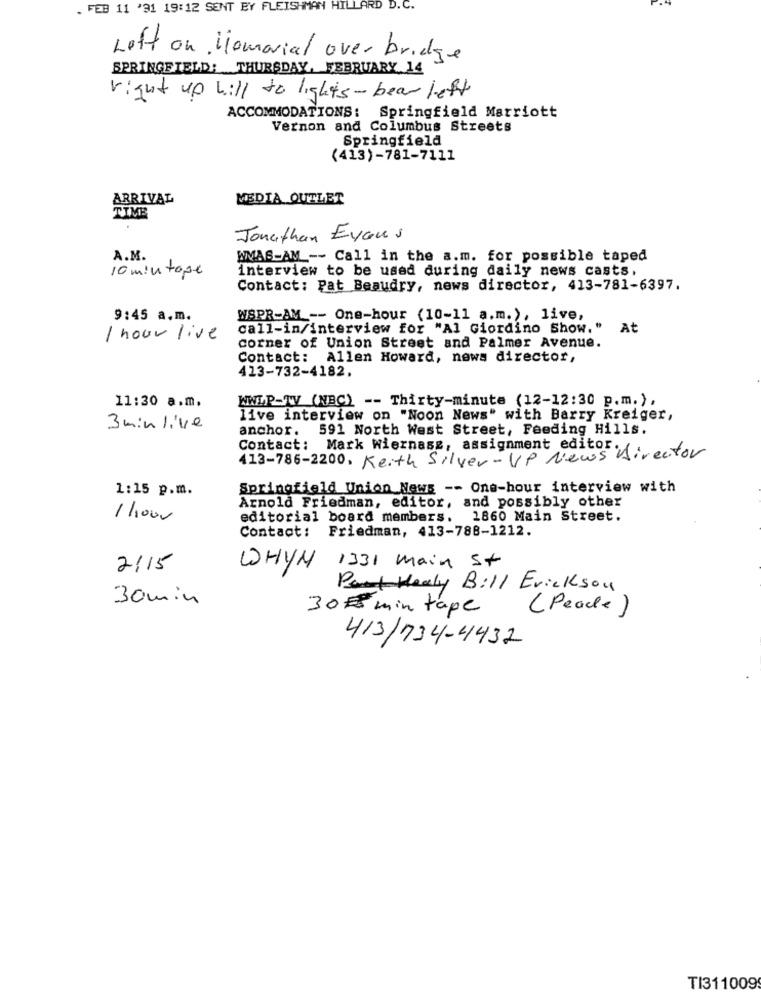
. FEB 11 '91 19:12 SENT BY FLEISHMAN HILLARD D. C.
Left on . Homorial over bridge
SPRINGFIELD: THURSDAY, FEBRUARY 14
right up will to lights - bear left
ACCOMMODATIONS: Springfield Marriott
Vernon and Columbus Streets
Springfield
(413)-781-7111
ARRIVAL
MEDIA OUTLET
TIME
Jonathan Eyaus
A.M.
WMAS-AM -- Call in the a.m. for possible taped
10 min tope
interview to be used during daily news casts.
Contact: Pat Beaudry, news director, 413-781-6397.
9:45 a.m.
WSPR-AM -- One-hour (10-11 a.m.), live,
call-in/interview for "Al Giordino Show." At
1 hour live
corner of Union Street and Palmer Avenue.
Contact: Allen Howard, news director,
413-732-4182.
WWE.P-TV (NBC) -- Thirty-minute (12-12:30 p.m.),
11:30 a.m.
live interview on "Noon News" with Barry Kreiger,
3 min live
anchor. 591 North West Street, Feeding Hills.
Contact: Mark Wiernass, assignment editor ..
413-786-2200. Keith Silver-UP News Director
1:15 p.m.
Springfield Union News -- One-hour interview with
Arnold Friedman, editor, and possibly other
11.000
editorial board members. 1860 Main Street.
Contact: Friedman, 413-788-1212.
2115
WHYN 1331 Main St
Pant Healy Bill Erickson
30min
30# min tape
(Peace)
413/734-4432
TI311009